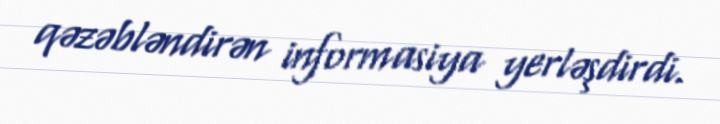
qəzəbləndirən informasiya yerləşdirdi.